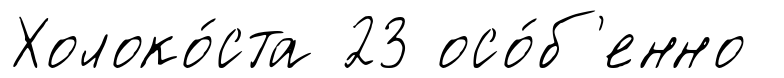
Холоко́ста 23 осо́б'енно